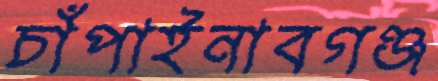
চাঁপাইনাবগঞ্জ